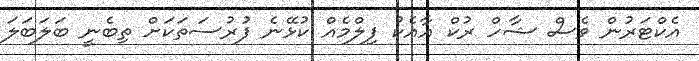
އެކްޓަރުން ވެސް ޝާހް ރުކް އާއެކު ފިލްމެއް ކުޅޭނެ ފުރުސަތަކަށް ތިބެނީ ބަލަބަލަ